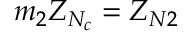
m _ { 2 } Z _ { N _ { c } } = Z _ { N 2 }